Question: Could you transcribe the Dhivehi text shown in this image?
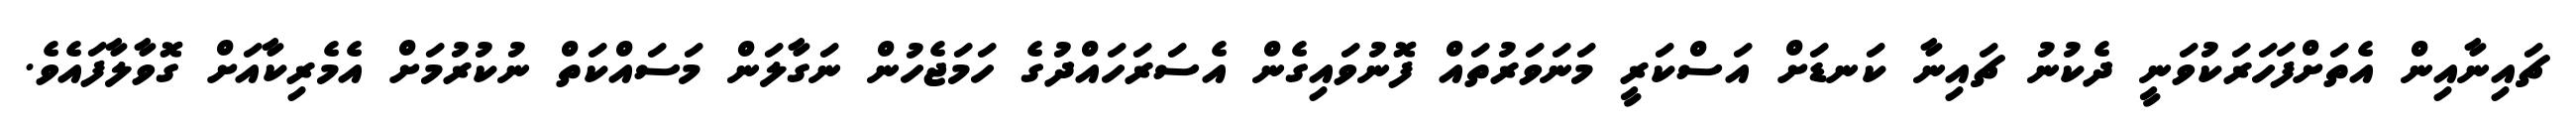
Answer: ޗައިނާއިން އެތަށްފަހަރަކުވަނީ ދެކުނު ޗައިނާ ކަނޑަށް އަސްކަރީ މަނަވަރުތައް ފޮނުވައިގެން އެސަރަހައްދުގެ ހަމަޖެހުން ނަގާލަން މަސައްކަތް ނުކުރުމަށް އެމެރިކާއަށް ގޮވާލާފައެވެ.